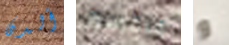
ألدن جيفرسون و